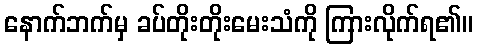
နောက်ဘက်မှ ခပ်တိုးတိုးမေးသံကို ကြားလိုက်ရ၏။